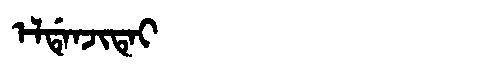
Manchu: ᡝᠯᡩᡝᠨᠵᡳᡨᡝᡳ
Romanization: ELDENJITEI